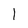
Character: 1